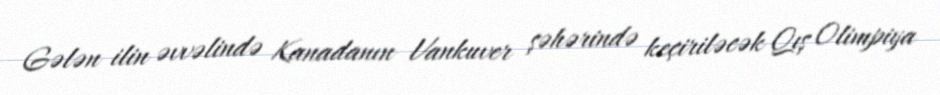
Gələn ilin əvvəlində Kanadanın Vankuver şəhərində keçiriləcək Qış Olimpiya